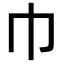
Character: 巾